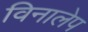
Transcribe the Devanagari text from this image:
विनालेप